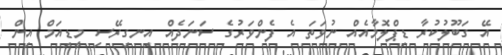
އޭ ގަބޫލުކުރާ ޑިޕްލޮމާއެއް ނުވަތަ އެ ފެންވަރުގެ ސަނަދެއް އިނގިރޭސި މީޑިއަމް އިން